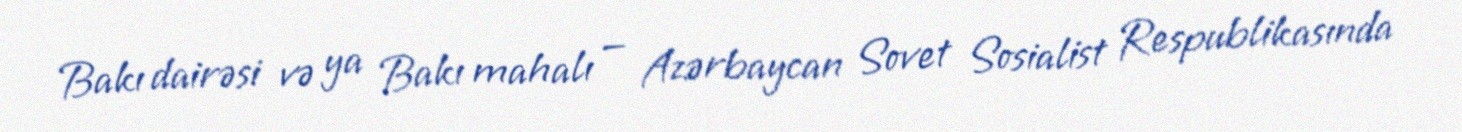
Bakı dairəsi və ya Bakı mahalı — Azərbaycan Sovet Sosialist Respublikasında